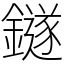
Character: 鐩